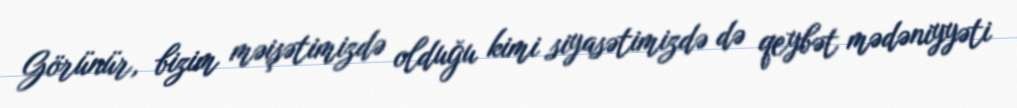
Görünür, bizim məişətimizdə olduğu kimi siyasətimizdə də qeybət mədəniyyəti